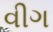
વીગ